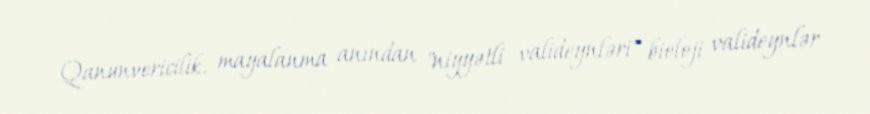
Qanunvericilik, mayalanma anından "niyyətli valideynləri" bioloji valideynlər